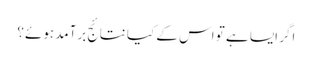
اگر ایسا ہے تو اس کے کیا نتائج برآمد ہوئے؟